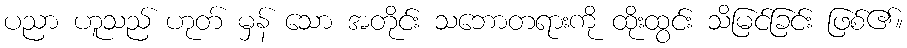
ပညာ ဟူသည် ဟုတ် မှန် သော အတိုင်း သဘောတရားကို ထိုးထွင်း သိမြင်ခြင်း ဖြစ်၏။